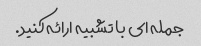
جمله ای با تشبیه ارائه کنید.